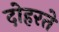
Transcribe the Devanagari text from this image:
दोहरते